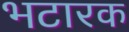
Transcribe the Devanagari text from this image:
भटारक